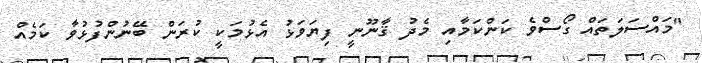
"މައްސަލަތައް ގޯސްވެ ކަންކަމާއި މެދު ޤާނޫނީ ފިޔަވަޅު އެޅުމަކީ ކުރަން ބޭނުންފުޅުވާ ކަމެއް